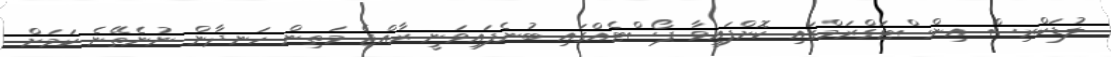
ލުޑަކްރިސް އިންސްޓަގްރަމްގައި ކޮށްފައިވާ ޕޯސްޓެއްގައި ބުނެފައިވަނީ ރާއްޖެ މަތިން ހަނދާން ނުނެތޭނެ ކަމަށް